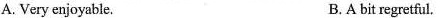
A.Very enjoyable. B.A bit regretful.